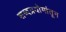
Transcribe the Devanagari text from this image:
शब्दप्रयोगांतून